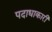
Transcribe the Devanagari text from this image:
पदाधाकारी